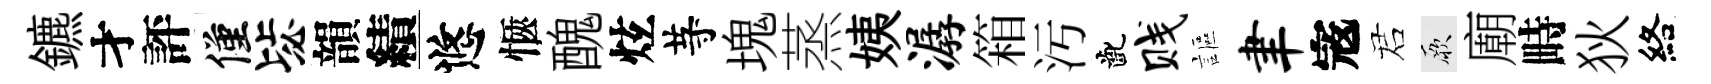
鑣才評僅毖韻績悠愜醜炫䒭塊蒸姨潺箱汚齔贱謳聿𡨥诺厥廟畤狄絡